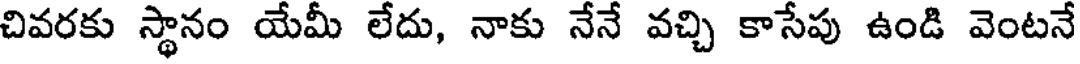
చివరకు స్థానం యేమీ లేదు, నాకు నేనే వచ్చి కాసేపు ఉండి వెంటనే